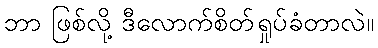
ဘာ ဖြစ်လို့ ဒီလောက်စိတ်ရှုပ်ခံတာလဲ။